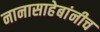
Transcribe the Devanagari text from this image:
नानासाहेबांनीच